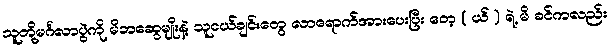
သူတို့မင်္ဂလာပွဲကို မိဘဆွေမျိုးနဲ့ သူငယ်ချင်းတွေ လာရောက်အားပေးပြီး တေ့ ( ယ် ) ရဲ့ မိ ခင်ကလည်း